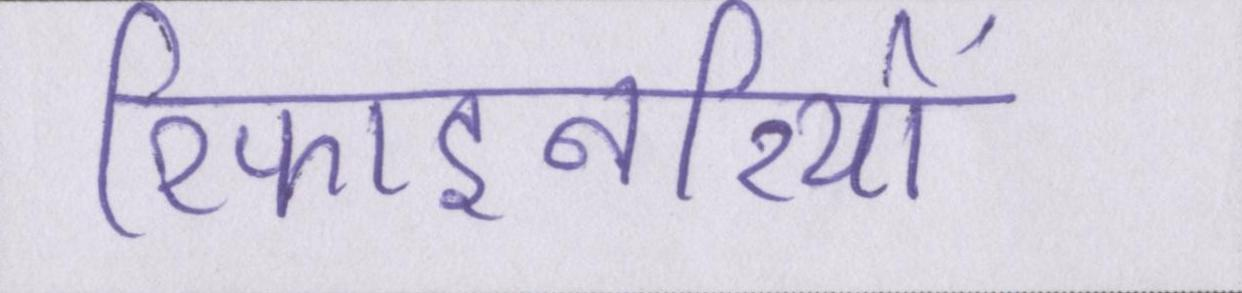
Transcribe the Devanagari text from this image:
रिफाइनरियों